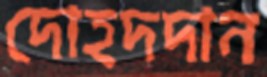
দোহদদান